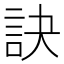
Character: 訣